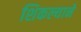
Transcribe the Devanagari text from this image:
शिकल्याने